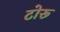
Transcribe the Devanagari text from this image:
टोरू